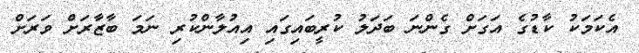
އެކަމަކު ކާޑުގެ އަގަށް ގެންނަ ބަދަލު ކުރީބައިގައި އިއުލާންކުރި ނަމަ ބާޒާރަށް ވަރަށް